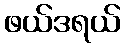
ဖယ်ဒရယ်